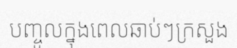
បញ្ចូលក្នុងពេលឆាប់ៗក្រសួង